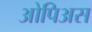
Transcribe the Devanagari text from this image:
ओपिअस